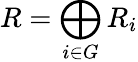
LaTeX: R=\bigoplus_{i\in G}R_{i}